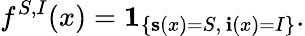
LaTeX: f^{S,I}(x)=\mathbf{1}_{\left\{ \mathbf{s}(x)=S,\, \mathbf{i}(x)=I\right\} }.